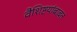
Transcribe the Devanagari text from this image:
वैशिष्टयांबाबत